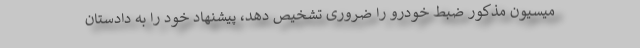
میسیون مذکور ضبط خودرو را ضروری تشخیص دهد، پیشنهاد خود را به دادستان